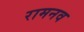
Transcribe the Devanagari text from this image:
रामनव